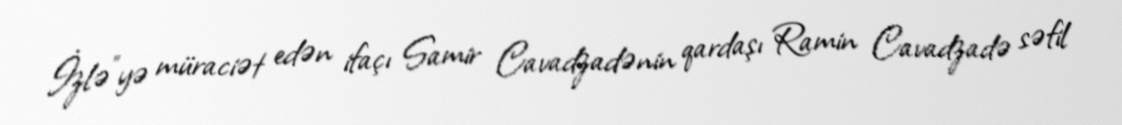
İzlə”yə müraciət edən ifaçı Samir Cavadzadənin qardaşı Ramin Cavadzadə səfil